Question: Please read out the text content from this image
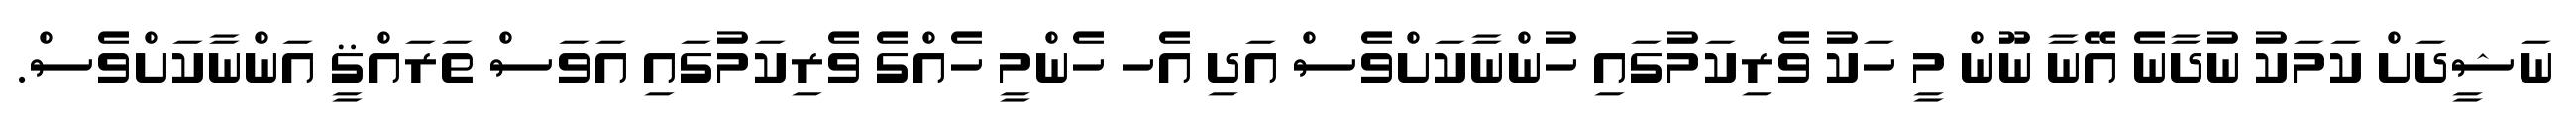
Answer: ނަޝީދަށް ކަމަކު ނުދާނެ އޭނާ ނޫން މީ ހަކު ވެރިކަމުގައި ހުންނާކަށްވެސް އަދި އެހ ހެންމީ ހެއްގެ ވެރިކަމުގައި އަވަސް ތަރައްޤީ އަންނާކަށްވެސް.